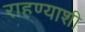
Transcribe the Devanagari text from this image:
राहण्याशी